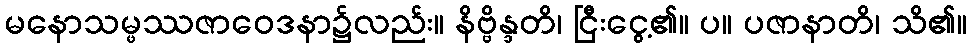
မနောသမ္ဖဿဇာဝေဒနာ၌လည်း။ နိဗ္ဗိန္ဒတိ၊ ငြီးငွေ့၏။ ပ။ ပဇာနာတိ၊ သိ၏။